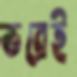
ভরেই